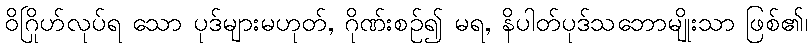
ဝိဂြိုဟ်လုပ်ရ သော ပုဒ်များမဟုတ်, ဂိုဏ်းစဉ်၍ မရ, နိပါတ်ပုဒ်သဘောမျိုးသာ ဖြစ်၏၊